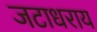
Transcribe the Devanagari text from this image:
जटाधराय